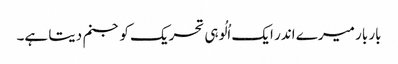
بار بار میرے اندر ایک اُلُوہی تحریک کو جنم دیتا ہے۔